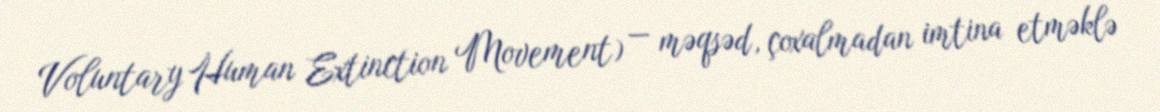
Voluntary Human Extinction Movement) — məqsəd, çoxalmadan imtina etməklə